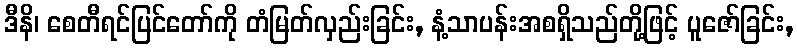
ဒီနိ၊ စေတီရင်ပြင်တော်ကို တံမြတ်လှည်းခြင်း, နံ့သာပန်းအစရှိသည်တို့ဖြင့် ပူဇော်ခြင်း,